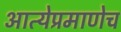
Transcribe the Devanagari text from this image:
आत्येप्रमाणेच